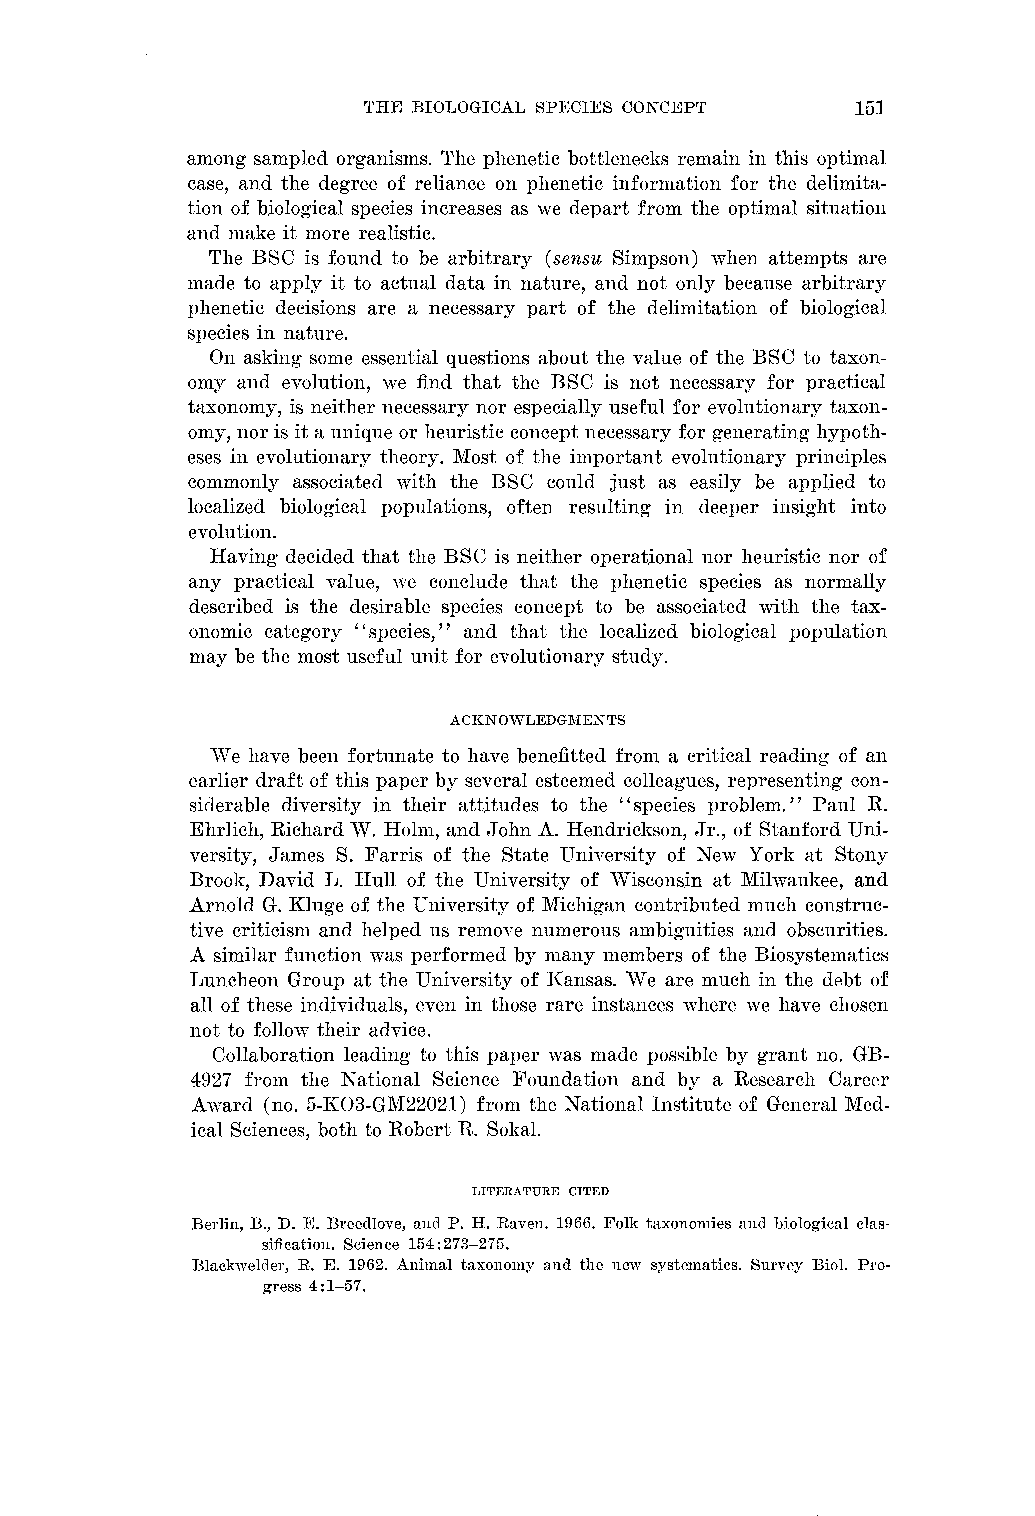
THE BIOLOGICAL SPECIES CONCEPT   151
 among sampled organisms. The plienetic bottlenecks remain in this optimal
 case, and the degree of reliance on phenetic information for the deliinita-
 tion of biological species increases as \ye depart from the optimal situation
 and make it more realistic.
 The BSC is found to be arbitrary (sensz~Simpson) when attempts are
 made to apply it to actual data in nature, and not only because arbitrary
 phenetic decisions are a necessary part of the delimitation of biological
 species in nature.
 011 asking some essential questions about the value of the BSC to taxon-
 omy and evolution, n7e find that the BSC is not necessary for practical
 taxonomy, is neither necessary nor especially useful for evolutionary taxon-
 omy, nor is it a unique or heuristic concept necessary for generating hypoth-
 eses in evolutioilary theory. Most of the important evolutionary principles
 commonly associated with the BSC could just as easily be applied to
 localized biological populations, often resulting in deeper insight into
 evolution.
 Having decided that the BSC is neither operational nor heuristic nor of
 any practical value, we conclude that the phenetic species as normally
 described is the desirable species concept to be associated with the tax-
 onomic category "species," and that the localized biological population
 may be the most useful unit for evolutionary study.
 Tl'e have been fortunate to have benefitted from a critical reading of an
 earlier draft of this paper by several esteemed colleagues, representing con-
 siderable diversity in their attitudes to the "species problem." Paul R.
 Ehrlich, Richard TTT. Holm, and John A. Hendrickson, Jr., of Stanforci Uni-
 rersity, James S. Farris of the State University of Ne~i7 York at Stony
 Brook, David L. Hull of the University of TTTisconsin at 8lilwauliee, anci
 Arnold G. Kluge of the University of Michigan coiltributed much construc-
 tive criticism and helped us reinoTe numerous ambiguities and obscurities.
 A similar function was perforined by many members of the Biosystematics
 Luncheon Group at the University of IZansas. TVe are much in the debt of
 all of these individuals, even in those rare instailces where we have chosen
 not to follo~i7t heir advice.
 Collaboration leading to this paper was inade possible by grant no. GB-
 4927 from the National Science Foundation and by a Research Career
 Avard (no. 5-IC03-GnI22021) froin the National Institute of General Xed-
 ical Sciences, both to Robert R. Solial.
 LITERATURE CITED
 Berlin, E., D. E. Breedlove, and P. H. Raven. 1966. Folk taxoiloillies and biological clas-
 sification. Scieilce 154 :273-275.
 Black~relcle~R.,. E. 1962. Animal tavo~lol~layn d the new systematics. Survey Biol. Pro-
 gress 4 :1-57.